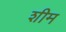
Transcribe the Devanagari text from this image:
शीम